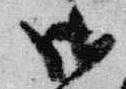
御